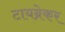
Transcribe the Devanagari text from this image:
टायब्रेकर